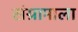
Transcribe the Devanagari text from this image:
संग्रामाला